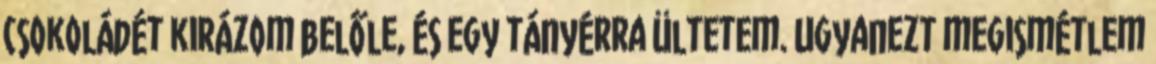
csokoládét kirázom belőle, és egy tányérra ültetem. Ugyanezt megismétlem